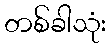
တစ်ခါသုံး